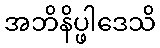
အဘိနိပ္ဖါဒေသိ